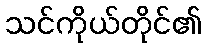
သင်ကိုယ်တိုင်၏